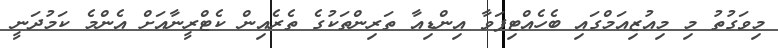
މިވަގުތު މި މިއުޒިއަމްގައި ބެހެއްޓިފަވާ އިންޑިއާ ތަރިންތަކުގެ ތެރެއިން ކެޓްރީނާއަށް އެންމެ ކަމުދަނީ